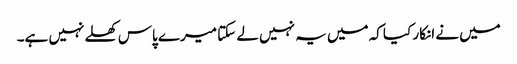
میں نے انکار کیا کہ میں یہ نہیں لے سکتا میرے پاس کھلے نہیں ہے۔